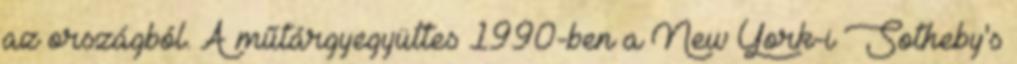
az országból. A műtárgyegyüttes 1990-ben a New York-i Sotheby's